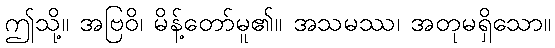
ဤသို့။ အဗြဝိ၊ မိန့်တော်မူ၏။ အသမဿ၊ အတုမရှိသော။